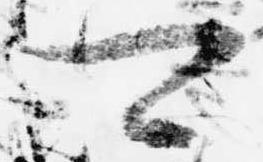
可